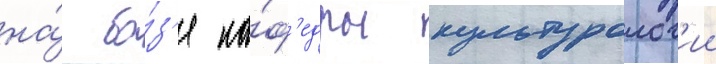
на́ ба́з'е ка́ф'едры культуролог'ии